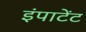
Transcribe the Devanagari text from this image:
इंपाटेंट